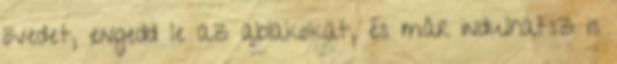
övedet, engedd le az ablakokat, és már indulhatsz is